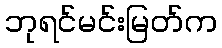
ဘုရင်မင်းမြတ်က